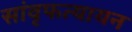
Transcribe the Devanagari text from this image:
सांवृफत्यायन